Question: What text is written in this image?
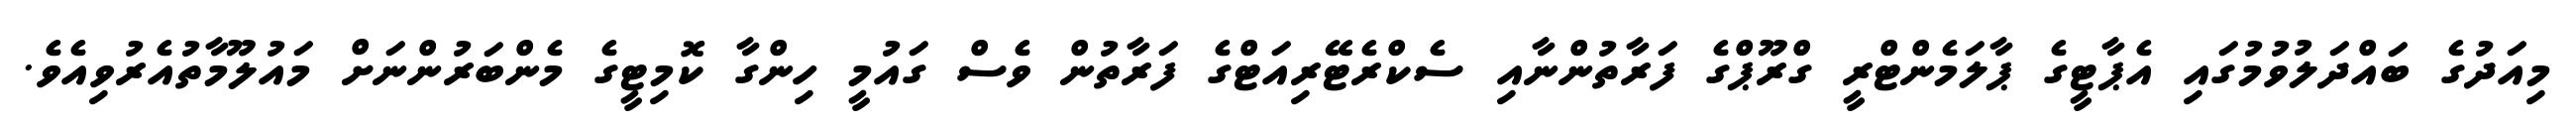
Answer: މިއަދުގެ ބައްދަލުވުމުގައި އެޕާޓީގެ ޕާލަމެންޓްރީ ގްރޫޕްގެ ފަރާތުންނާއި ސެކްރެޓޭރިއަޓްގެ ފަރާތުން ވެސް ގައުމީ ހިންގާ ކޮމިޓީގެ މެންބަރުންނަށް މައުލޫމާތުއެރުވިއެވެ.